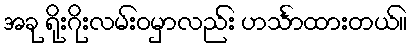
အခု ရိုးဂိုးလမ်းဝမှာလည်း ဟင်္သာထားတယ်။